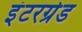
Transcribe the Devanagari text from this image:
इंटरग्रेड